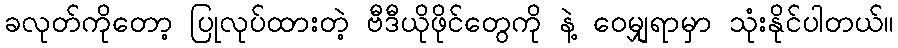
ခလုတ်ကိုတော့ ပြုလုပ်ထားတဲ့ ဗီဒီယိုဖိုင်တွေကို နဲ့ ဝေမျှရာမှာ သုံးနိုင်ပါတယ်။